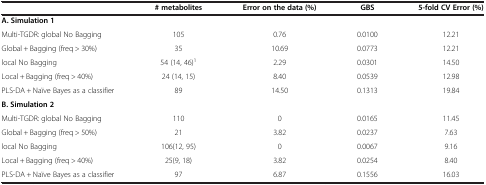
|  | # metabolites | Error on the data (%) | GBS | 5-fold CV Error (%) |
 | --- | --- | --- | --- | --- |
 | A. Simulation 1 |  |  |  |  |
 | Multi-TGDR: global No Bagging | 105 | 0.76 | 0.0100 | 12.21 |
 | Global + Bagging (freq > 30%) | 35 | 10.69 | 0.0773 | 12.21 |
 | local No Bagging | 54 (14, 46)1 | 2.29 | 0.0301 | 14.50 |
 | Local + Bagging (freq > 40%) | 24 (14, 15) | 8.40 | 0.0539 | 12.98 |
 | PLS-DA + Naïve Bayes as a classifier | 89 | 14.50 | 0.1313 | 19.84 |
 | <COLSPAN=5> B. Simulation 2 |
 | Multi-TGDR: global No Bagging | 110 | 0 | 0.0165 | 11.45 |
 | Global + Bagging (freq > 50%) | 21 | 3.82 | 0.0237 | 7.63 |
 | local No Bagging | 106(12, 95) | 0 | 0.0067 | 9.16 |
 | Local + Bagging (freq > 40%) | 25(9, 18) | 3.82 | 0.0254 | 8.40 |
 | PLS-DA + Naïve Bayes as a classifier | 97 | 6.87 | 0.1556 | 16.03 |